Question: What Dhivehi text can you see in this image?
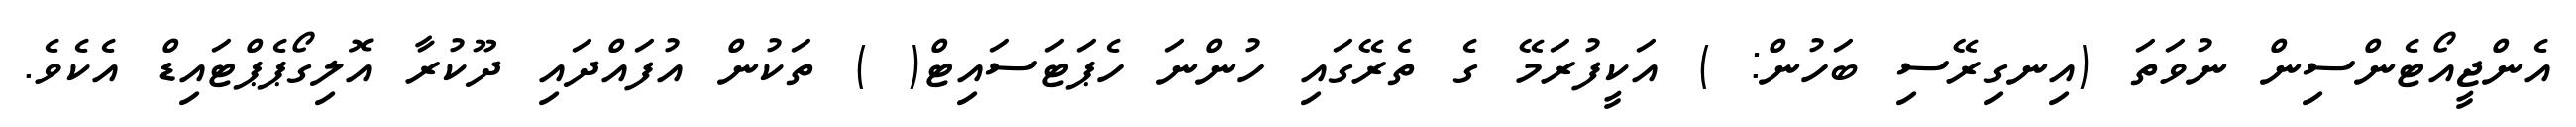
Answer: އެންޖީއޯޓެންސިން ނުވަތަ (އިނގިރޭސި ބަހުން: ) އަކީފުރަމޭ ގެ ތެރޭގައި ހުންނަ ހެޕަޓަސައިޓް( ) ތަކުން އުފައްދައި ދޫކުރާ އޮލިގޯޕެޕްޓައިޑް އެކެވެ.